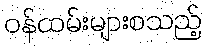
ဝန်ထမ်းများစသည့်